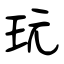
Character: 玩